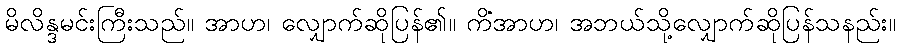
မိလိန္ဒမင်းကြီးသည်။ အာဟ၊ လျှောက်ဆိုပြန်၏။ ကိံအာဟ၊ အဘယ်သို့လျှောက်ဆိုပြန်သနည်း။